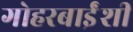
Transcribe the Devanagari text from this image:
गोहरबाईंशी